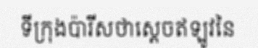
ទីក្រុងប៉ារីសថាស្តេចឥឡូវនៃ